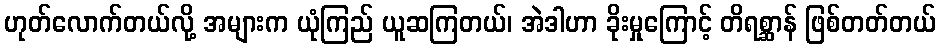
ဟုတ်လောက်တယ်လို့ အများက ယုံကြည် ယူဆကြတယ်၊ အဲဒါဟာ ခိုးမှုကြောင့် တိရစ္ဆာန် ဖြစ်တတ်တယ်